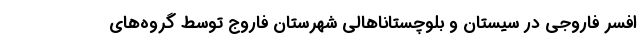
افسر فاروجی در سیستان و بلوچستاناهالی شهرستان فاروج توسط گروه‌های